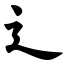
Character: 辶